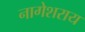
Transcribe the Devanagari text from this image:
नागेशराय